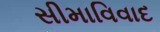
સીમાવિવાદ